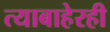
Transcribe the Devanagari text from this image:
त्याबाहेरही